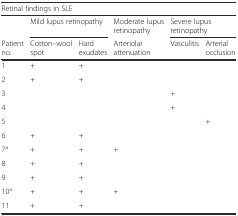
| <COLSPAN=6> Retinal findings in SLE |
 |  | <COLSPAN=2> Mild lupus retinopathy | Moderate lupus retinopathy | <COLSPAN=2> Severe lupus retinopathy |
 | Patient no. | Cotton–wool spot | Hard exudates | Arteriolar attenuation | Vasculitis | Arterial occlusion |
 | --- | --- | --- | --- | --- | --- |
 | 1 | + | + |  |  |  |
 | 2 | + | + |  |  |  |
 | 3 |  |  |  | + |  |
 | 4 |  |  |  | + |  |
 | 5 |  |  |  |  | + |
 | 6 | + | + |  |  |  |
 | 7a | + | + | + |  |  |
 | 8 | + | + |  |  |  |
 | 9 | + | + |  |  |  |
 | 10a | + | + | + |  |  |
 | 11 | + | + |  |  |  |